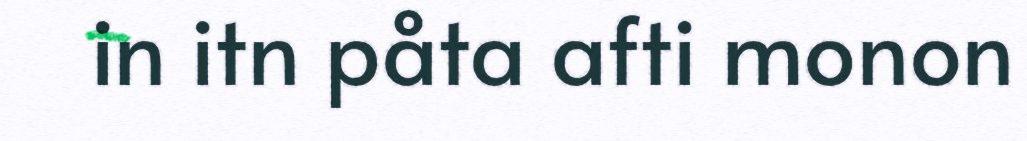
in itn påta afti monon